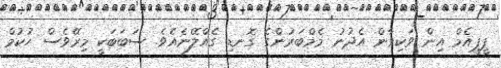
ޕީޕީއެމް އިން ވަކިވާން އެދުނު މެމްބަރުންގެ ގޮނޑި ގެއްލޭނެއެވެ. ސަބަބަކީ މިރޭވެސް ހުކުމް